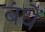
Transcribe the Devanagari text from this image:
बंधें